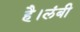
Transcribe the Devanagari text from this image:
है।लंबी